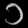
Digit: ၁